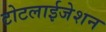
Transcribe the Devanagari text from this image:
टोटलाईजेशन